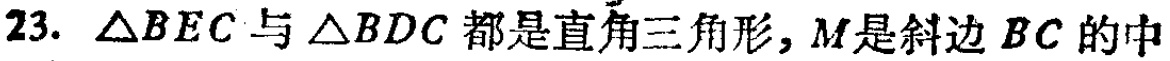
23. $\triangle BEC$与$\triangle BDC$都是直角三角形，$M$是斜边$BC$的中